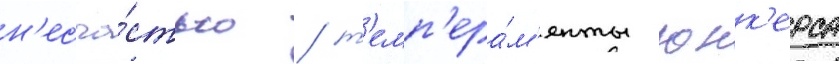
н'есча́стью / т'емп'ера́м'енты юнк'ерса